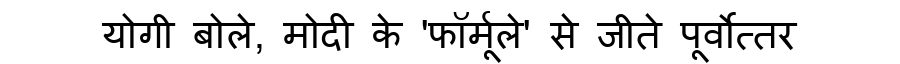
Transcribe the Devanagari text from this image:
योगी बोले, मोदी के 'फॉर्मूले' से जीते पूर्वोत्तर